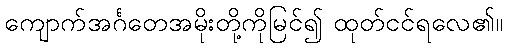
ကျောက်အင်္ဂတေအမိုးတို့ကိုမြင်၍ ထုတ်ငင်ရလေ၏။